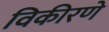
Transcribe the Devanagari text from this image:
विकीरणे